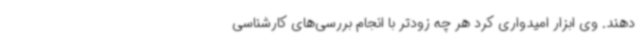
دهند. وی ابزار امیدواری کرد هر چه زودتر با انجام بررسی‌های کارشناسی